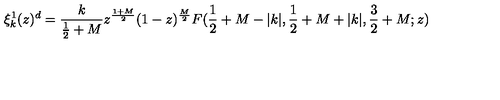
\xi _ { k } ^ { 1 } ( z ) ^ { d } = \frac { k } { \frac { 1 } { 2 } + M } z ^ { \frac { 1 + M } { 2 } } ( 1 - z ) ^ { \frac { M } { 2 } } F ( \frac { 1 } { 2 } + M - | k | , \frac { 1 } { 2 } + M + | k | , \frac { 3 } { 2 } + M ; z )